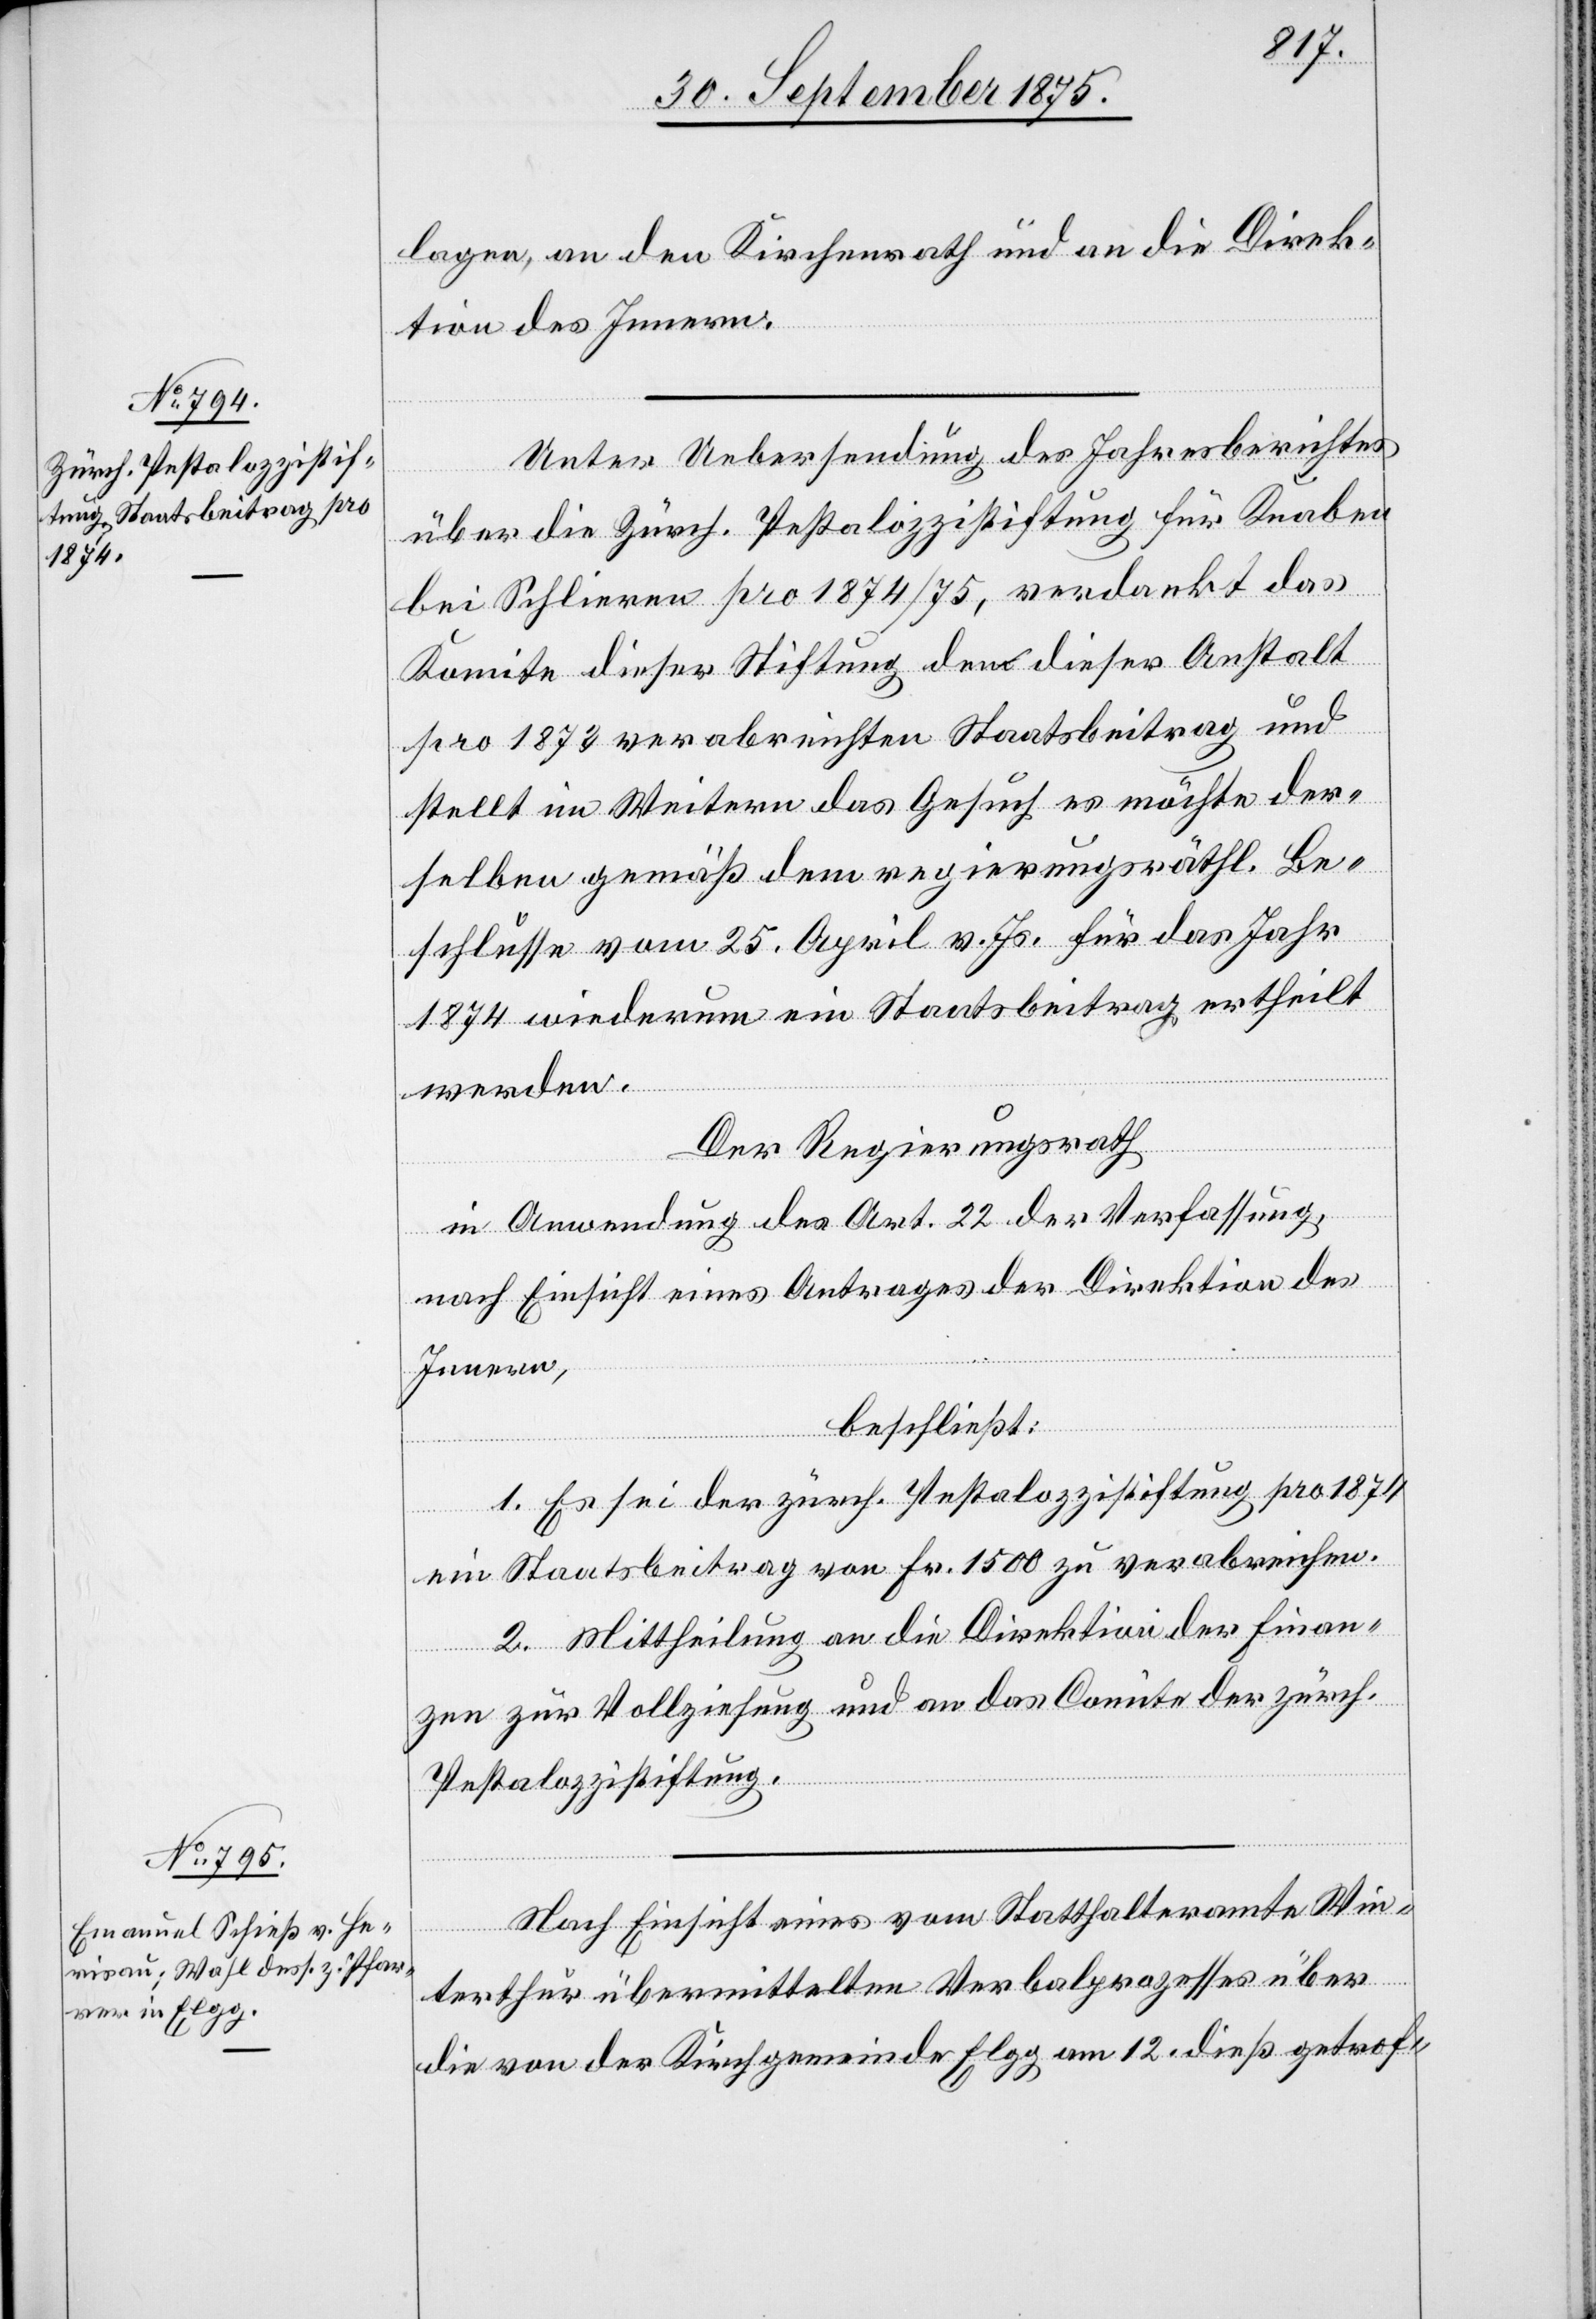
lagen, an den Kirchenrath und an die Direk¬
tion des Innern.
Unter Uebersendung des Jahresberichtes
über die Zürch. Pestalozzistiftung für Knaben
bei Schlieren pro 1874/75, verdankt das
Komite dieser Stiftung den dieser Anstalt
pro 1873 verabreichten Staatsbeitrag und
stellt im Weitern das Gesuch es möchte der¬
selben gemäß dem regierungsräthl. Be¬
schlusse vom 25. April v. Js. für das Jahr
1874 wiederum ein Staatsbeitrag ertheilt
werden.
Der Regierungsrath
in Anwendung des Art. 22 der Verfassung,
nach Einsicht eines Antrages der Direktion des
Innern,
beschließt:
1. Es sei der zürch. Pestalozzistiftung pro 1874
ein Staatsbeitrag von Fr. 1500 zu verabreichen.
2. Mittheilung an die Direktion der Finan¬
zen zur Vollziehung und an das Comite der zürch.
Pestalozzistiftung.
Nach Einsicht eines vom Statthalteramte Win¬
terthur übermittelten Verbalprozesses über
die von der Kirchgemeinde Elgg am 12. dieß getrof-